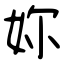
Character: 妳